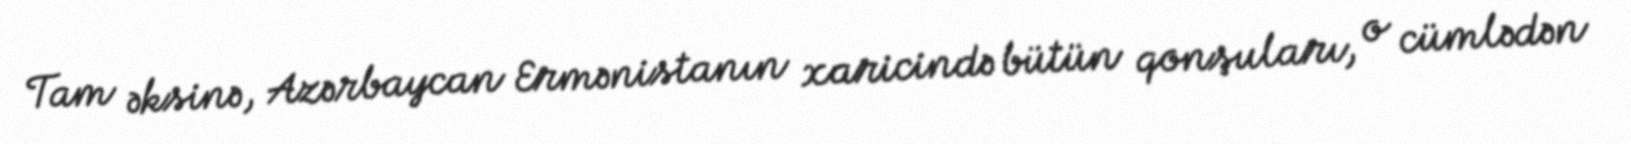
Tam əksinə, Azərbaycan Ermənistanın xaricində bütün qonşuları, o cümlədən